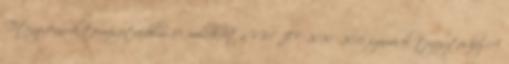
Tétényi-fennsík természetvédelmi 17. melléklet a VM JF 2070 2011. számú előterjesztéshez A